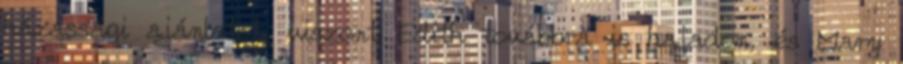
házassági ajánlatot, viszont Edith továbbra is hajadon, és Mary